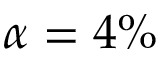
\alpha = 4 \%